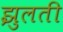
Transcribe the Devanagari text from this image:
झुलती